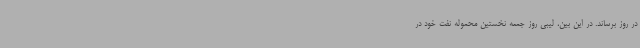
در روز برساند. در این بین، لیبی روز جمعه نخستین محموله نفت خود در